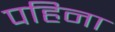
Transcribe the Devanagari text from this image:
पहिना